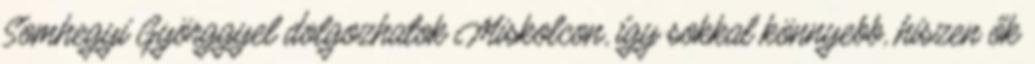
Somhegyi Györggyel dolgozhatok Miskolcon, így sokkal könnyebb, hiszen ők